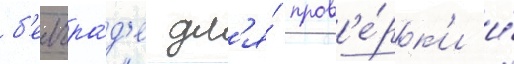
б'елгра́д'е дл'я́ пров'е́рк'и и́